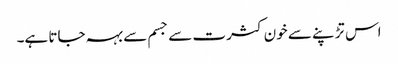
اس تڑپنے سے خون کثرت سے جسم سے بہہ جاتا ہے۔